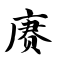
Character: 赓